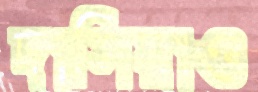
দাসিয়াও